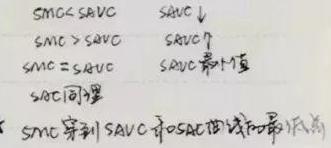
\[
\begin{align*}
SMC&\leq SAVC\\
SMC&>SAVC\\
SMC&=SAVC\\
SOC&\text{同理}\\
SMC&\text{穿到 }SAVC\text{ 最低点}
\end{align*}
\]